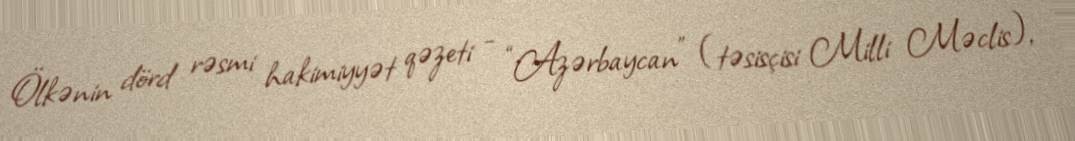
Ölkənin dörd rəsmi hakimiyyət qəzeti - “Azərbaycan” (təsisçisi Milli Məclis),